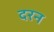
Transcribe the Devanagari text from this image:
दरन